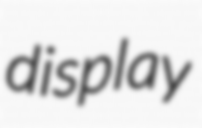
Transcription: display